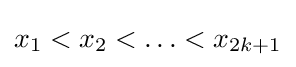
x_{1}<x_{2}<\ldots <x_{2k+1}